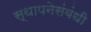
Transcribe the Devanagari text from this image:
स्थापनेसंबंधी